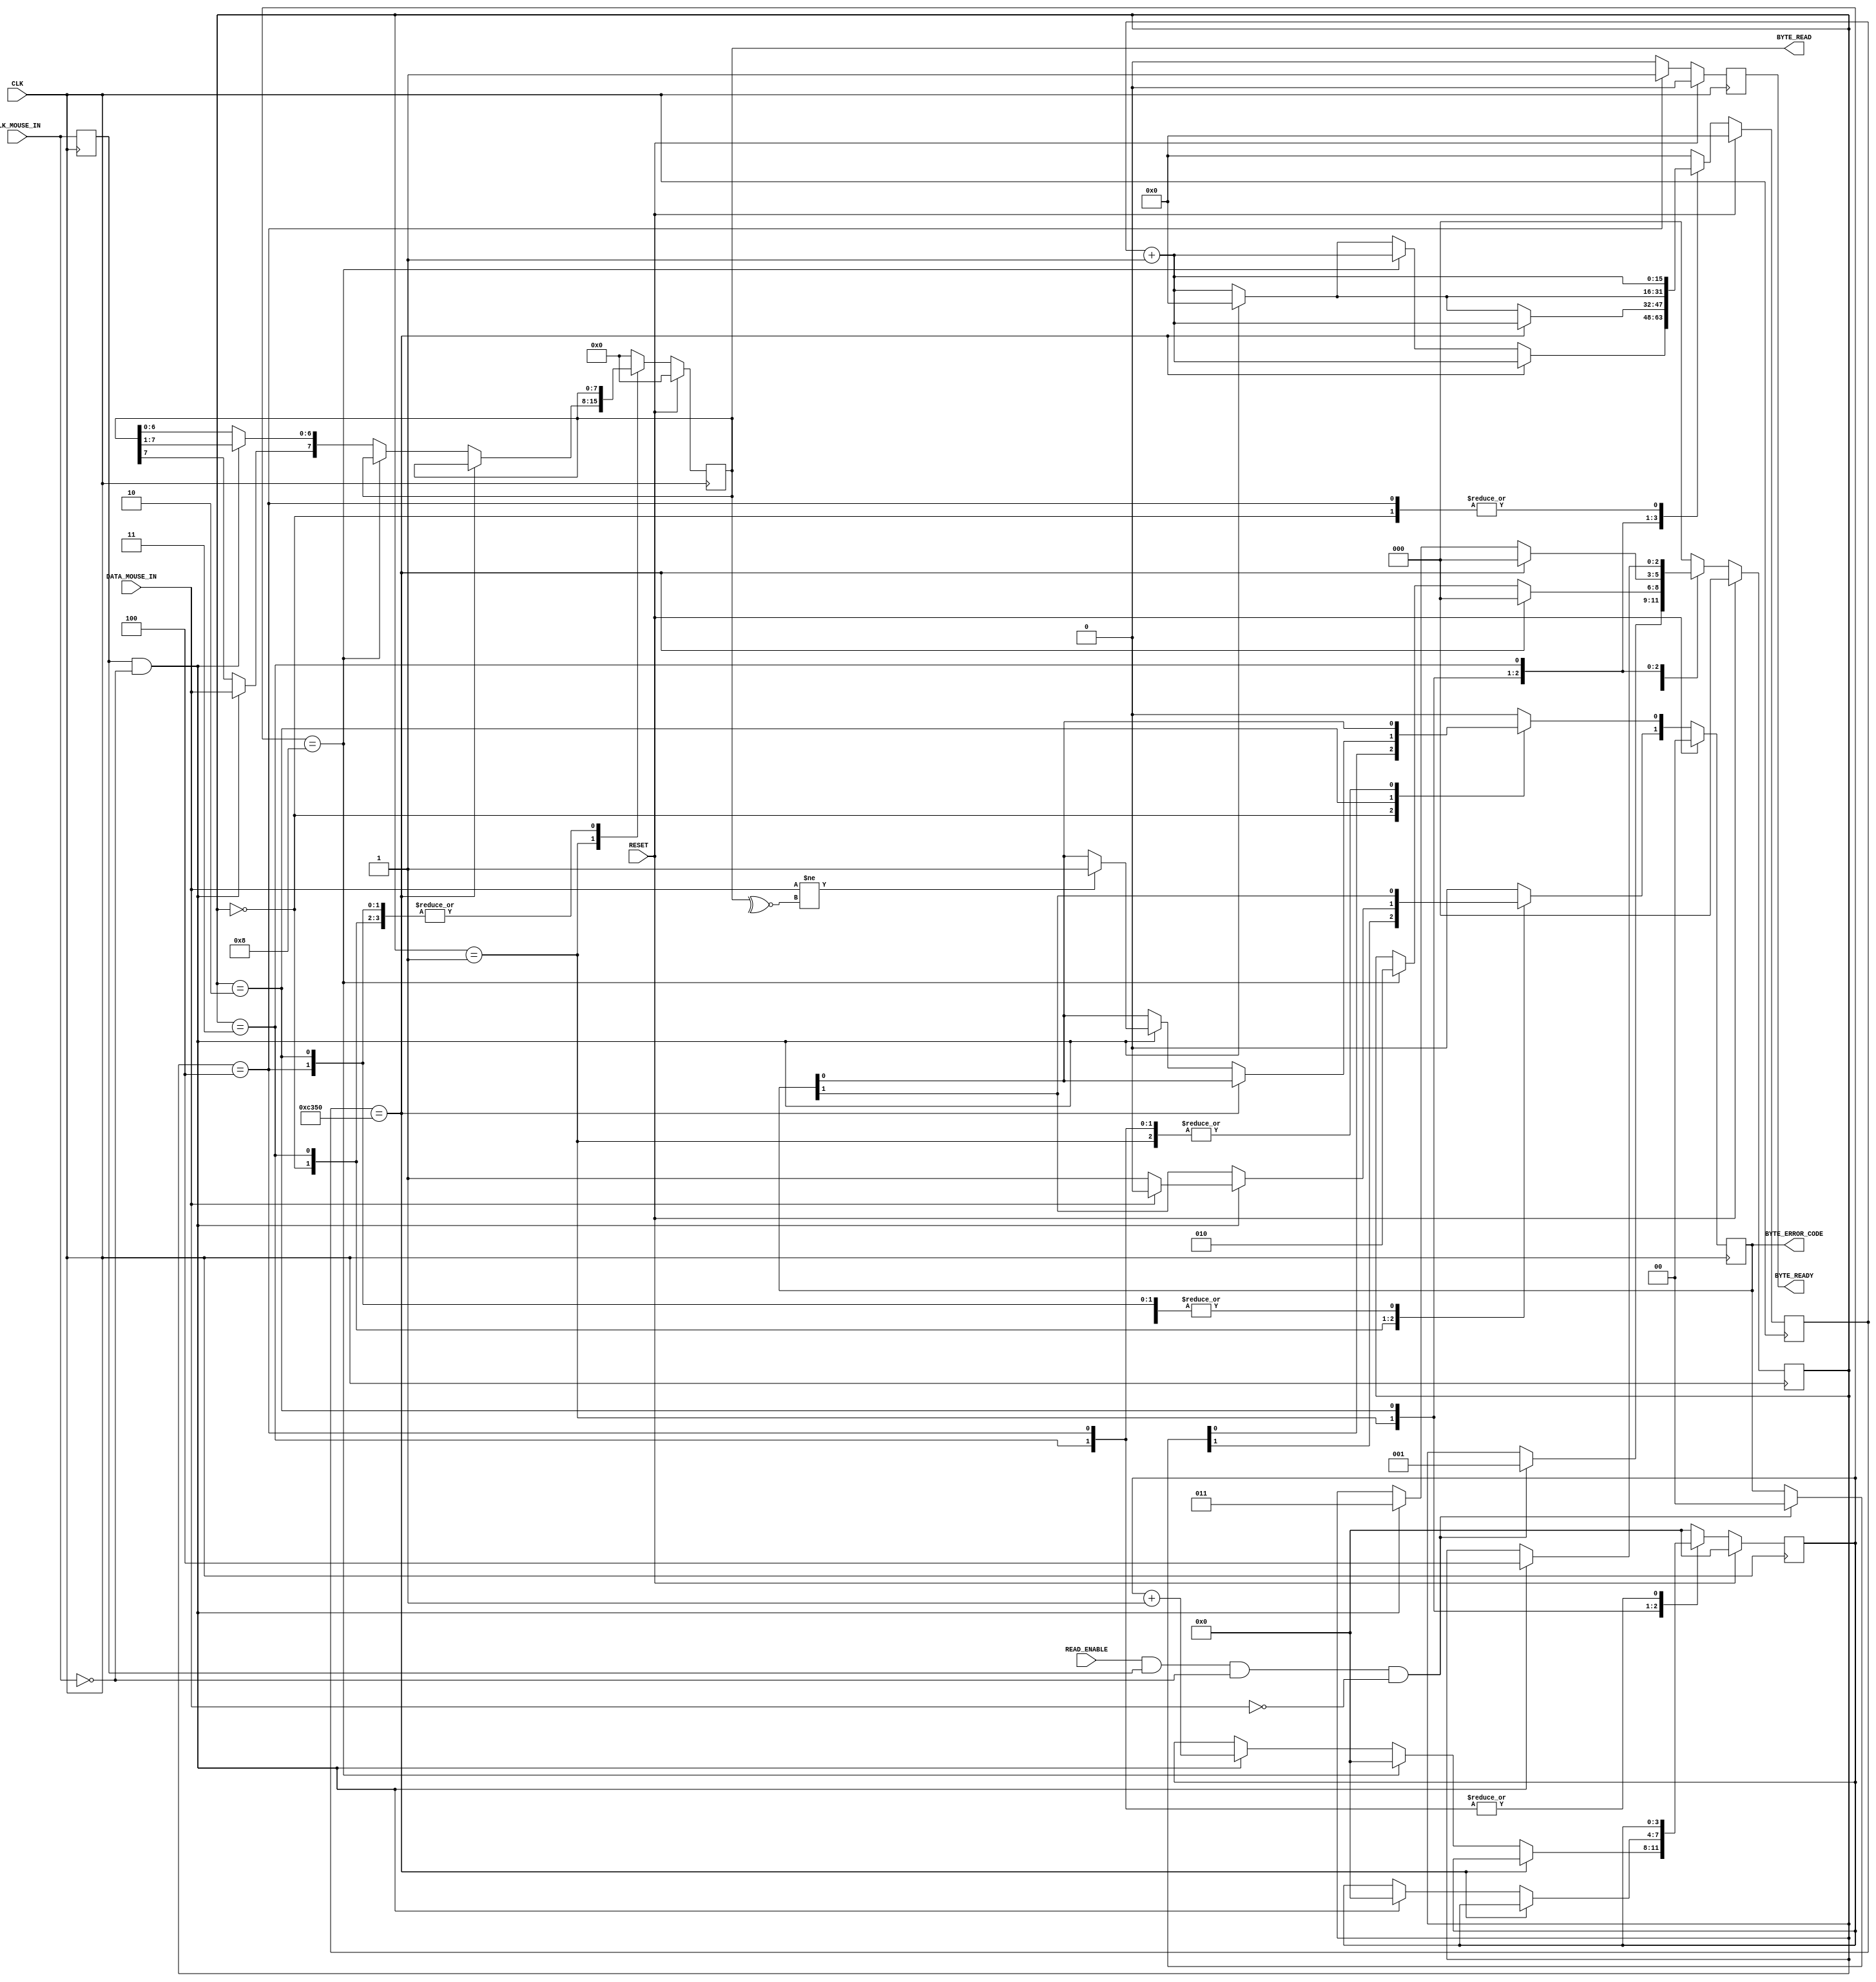
`timescale 1ns / 1ps
//////////////////////////////////////////////////////////////////////////////////
// Company: The University of Edinburgh
// 
// Design Name: 
// Module Name:    MouseReceiver 
// Project Name: 
// Target Devices: 
// Tool versions: 
// Description: 
//
// Dependencies: 
//
// Revision: 
// Revision 0.01 - File Created
// Additional Comments: 	Large ammounts of code were already provided, however
//									that also greatly restricts my coding options
//
//////////////////////////////////////////////////////////////////////////////////
module MouseReceiver(
	//Standard Inputs
	input 				RESET,
	input 				CLK,
	//Mouse IO - CLK
	input 				CLK_MOUSE_IN,
	//Mouse IO - DATA
	input 				DATA_MOUSE_IN,
	//Control
	input 				READ_ENABLE,
	output [7:0] 		BYTE_READ,
	output [1:0] 		BYTE_ERROR_CODE,
	output 				BYTE_READY
);

	//////////////////////////////////////////////////////////
	// Clk Mouse delayed to detect clock edges
	reg ClkMouseInDly;
	always@(posedge CLK)
		ClkMouseInDly <= CLK_MOUSE_IN;
	
	//////////////////////////////////////////////////////////
	//A simple state machine to handle the incoming 11-bit codewords
	reg [2:0] 			Curr_State, Next_State;
	reg [7:0] 			Curr_MSCodeShiftReg, Next_MSCodeShiftReg;
	reg [3:0] 			Curr_BitCounter, Next_BitCounter;
	reg 					Curr_ByteReceived, Next_ByteReceived;
	reg [1:0] 			Curr_MSCodeStatus, Next_MSCodeStatus;
	reg [15:0] 			Curr_TimeoutCounter, Next_TimeoutCounter;
	
	//Sequential
	always@(posedge CLK) 
		begin
			if(RESET) 
				begin
					Curr_State 				<= 0;
					Curr_MSCodeShiftReg 	<= 8'h00;
					Curr_BitCounter 		<= 0;
					Curr_ByteReceived 	<= 1'b0;
					Curr_MSCodeStatus 	<= 2'b00;
					Curr_TimeoutCounter 	<= 0;
				end 
			else 
				begin
					Curr_State 				<= Next_State;
					Curr_MSCodeShiftReg 	<= Next_MSCodeShiftReg;
					Curr_BitCounter 		<= Next_BitCounter;
					Curr_ByteReceived 	<= Next_ByteReceived;
					Curr_MSCodeStatus 	<= Next_MSCodeStatus;
					Curr_TimeoutCounter 	<= Next_TimeoutCounter;
				end
		end
	
	//Combinatorial
	always@* 
		begin
			//defaults to make the State Machine more readable
			Next_State 				= Curr_State;
			Next_MSCodeShiftReg 	= Curr_MSCodeShiftReg;
			Next_BitCounter 		= Curr_BitCounter;
			Next_ByteReceived 	= 1'b0;
			Next_MSCodeStatus 	= Curr_MSCodeStatus;
			Next_TimeoutCounter 	= Curr_TimeoutCounter + 1'b1;
			
			//The states
			case (Curr_State)
				0: 
					begin
						//Falling edge of Mouse clock and MouseData is low i.e. start bit
						if(READ_ENABLE & ClkMouseInDly & ~CLK_MOUSE_IN & ~DATA_MOUSE_IN) 
							begin
								Next_State 						= 1;
								Next_MSCodeStatus 			= 2'b00;
							end
							
						Next_BitCounter 					= 0;
					end
				
				// Read successive byte bits from the mouse here
				1: 
					begin
						if(Curr_TimeoutCounter == 50000) // 1ms timeout
							Next_State 						= 0;
						else if(Curr_BitCounter == 8)
							begin // if last bit go to parity bit check
								Next_State 						= 2;
								Next_BitCounter 				= 0;
							end 
						else if(ClkMouseInDly & ~CLK_MOUSE_IN)
							begin //Shift Byte bits in
								Next_MSCodeShiftReg[6:0] 	= Curr_MSCodeShiftReg[7:1];
								Next_MSCodeShiftReg[7] 		= DATA_MOUSE_IN;
								Next_BitCounter 				= Curr_BitCounter + 1;
								Next_TimeoutCounter 			= 0;
							end
					end
				
				//Check Parity Bit
				2: 
					begin
						//Falling edge of Mouse clock and MouseData is odd parity
						if(Curr_TimeoutCounter == 50000)
							Next_State 						= 0;
						else if(ClkMouseInDly & ~CLK_MOUSE_IN)
							begin
								if (DATA_MOUSE_IN != ~^Curr_MSCodeShiftReg[7:0]) // Parity bit error returns error status on 1
									Next_MSCodeStatus[0] 	= 1'b1;
									
								Next_BitCounter 			= 0;	// redundant, set this way by previous state
								Next_State 					= 3;
								Next_TimeoutCounter 		= 0;
							end
					end
		/*
		Fill in the code for State 3'b011 to detect the Stop bit and set MSCodeStatus [1] accordingly, the final
		State 3'b100, as well as default State
		*/
		/*
		..
		FILL IN THIS AREA
		.
		*/
				3: 
					begin
						//Falling edge of Mouse clock and MouseData is stop bit
						if(Curr_TimeoutCounter == 100000)
							Next_State 									= 0;
						else if(ClkMouseInDly & ~CLK_MOUSE_IN) 
							begin
								if (DATA_MOUSE_IN) 
									Next_MSCodeStatus[1] 			= 1'b0;	// stop bit should be high
								else
									Next_MSCodeStatus[1] 			= 1'b1;
									
								Next_State 								= 4;
								Next_TimeoutCounter 					= 0;
							end
					end	
				
				4:
					begin // not sure why this state can't be integrated into state 011
						//Falling edge of Mouse clock and MouseData is high i.e. stop bit
						Next_ByteReceived 					= 1'b1;		// set BYTE_READY flag for the master fsm to read the byte	
						Next_State 								= 0;	// GOTO beginning of the FSM
					end
				
				default:
					begin
						// effectively the same as if RESET was set i.e. restarts FSM from ground state if we somehow escape the real states
						Next_State 								= 0;
						Next_MSCodeShiftReg 					= 8'h00;
						Next_BitCounter 						= 0;
						Next_ByteReceived 					= 1'b0;
						Next_MSCodeStatus 					= 2'b00;
						Next_TimeoutCounter 					= 0;	
					end
		
			endcase
		end

	assign BYTE_READY 		= Curr_ByteReceived;
	assign BYTE_READ 			= Curr_MSCodeShiftReg;
	assign BYTE_ERROR_CODE 	= Curr_MSCodeStatus;
	
endmodule